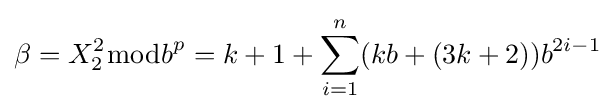
\beta =X_{2}^{2}{\bmod {b}}^{p}=k+1+\sum _{i=1}^{n}(kb+(3k+2))b^{2i-1}